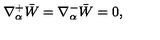
\nabla _ { \alpha } ^ { + } \bar { W } = \nabla _ { \alpha } ^ { - } \bar { W } = 0 ,